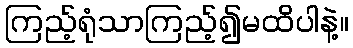
ကြည့်ရုံသာကြည့်၍မထိပါနဲ့။